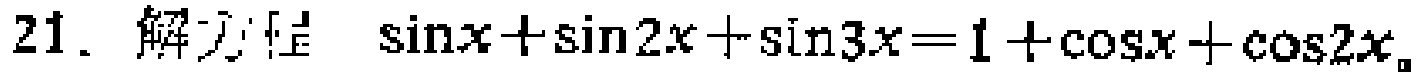
21. 解方程 $\sin x+\sin 2x+\sin 3x = 1+\cos x+\cos 2x$。